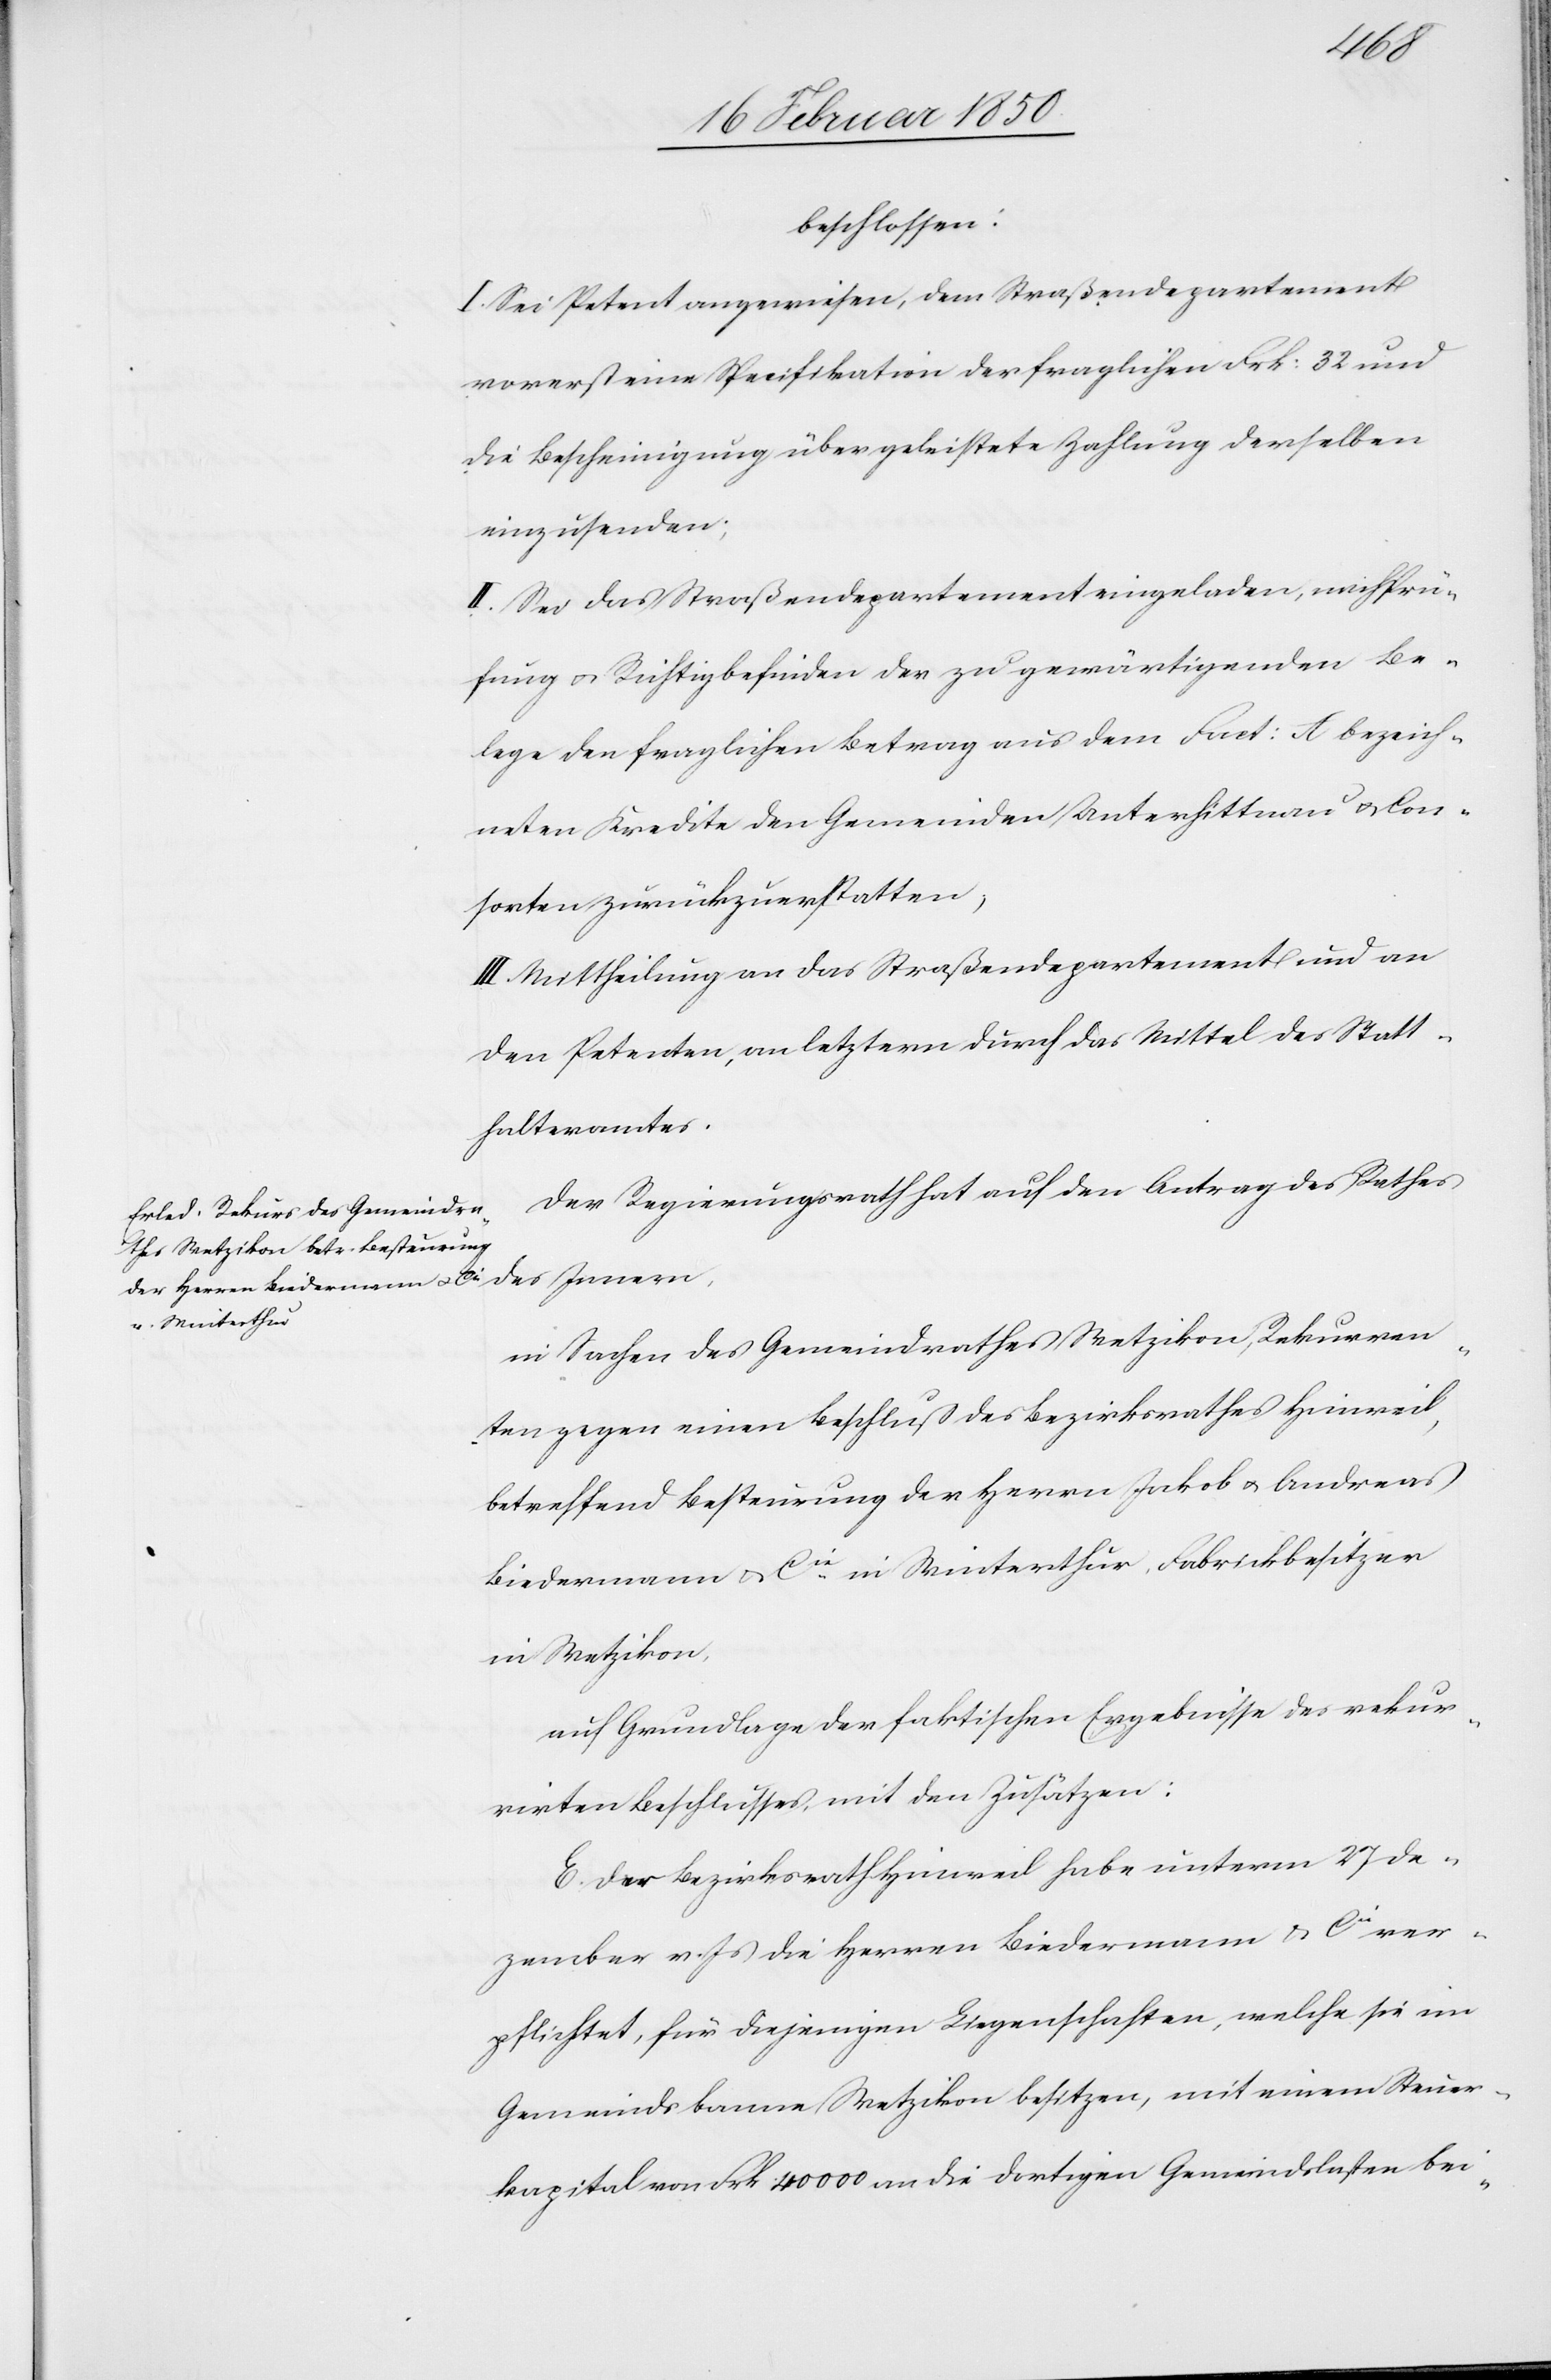
beschlossen:
I. Sei Petent angewiesen, dem Straßendepartement
vorerst eine Specifikation der fraglichen Frk: 32 und
die Bescheinigung über geleistete Zahlung derselben
einzusenden;
II. Sei das Straßendepartement eingeladen, nach Prü¬
fung u. Richtigbefinden der zu gewärtigenden Be¬
lege den fraglichen Betrag aus dem Fact: A bezeich¬
neten Kredite den Gemeinden Unterhittnau u. Con¬
sorten zurückzuerstatten,
III. Mittheilung an das Straßendepartement und an
den Petenten, an letztern durch das Mittel des Statt¬
halteramtes.
Der Regierungsrath hat auf den Antrag des Rathes
des Innern,
in Sachen des Gemeindrathes Wetzikon, Rekurren¬
ten gegen einen Beschluß des Bezirksrathes Hinweil,
betreffend Besteurung der Herrn Jakob u. Andreas
Biedermann u. Cie in Winterthur, Fabrickbesitzer
in Wetzikon,
auf Grundlage der faktischen Ergebnisse des rekur¬
rirten Beschlusses mit den Zusätzen:
E. Der Bezirksrath Hinweil habe unterm 27 De¬
zember v. Js die Herren Biedermann u. Cie ver¬
pflichtet, für diejenigen Liegenschaften, welche sie im
Gemeindsbanne Wetzikon besitzen, mit einem Steuer¬
kapital von Frk 40000 an die dortigen Gemeindslasten bei-